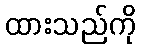
ထားသည်ကို